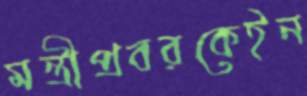
মন্ত্রীপ্রবরকেইন